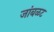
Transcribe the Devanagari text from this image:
जांबळट